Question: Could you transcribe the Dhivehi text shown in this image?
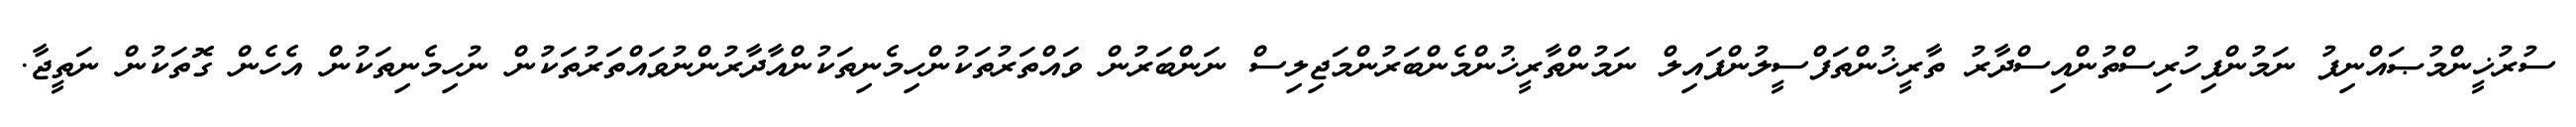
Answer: ސުރުޚީންމުޞައްނިފު ނަމުންފިހުރިސްތުންއިސްދާރު ތާރީޚުންތަފްސީލުންފައިލް ނަމުންތާރީޚުންމެންބަރުންމަޖިލިސް ނަންބަރުން ވައްތަރުތަކުންހިމެނިތަކުންއާދާރުންނުވައްތަރުތަކުން ނުހިމެނިތަކުން އެހެން ގޮތަކުން ނަތީޖާ.